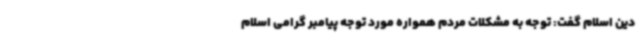
دین اسلام گفت: توجه به مشکلات مردم همواره مورد توجه پیامبر گرامی اسلام